Leaving Certificate, 1937
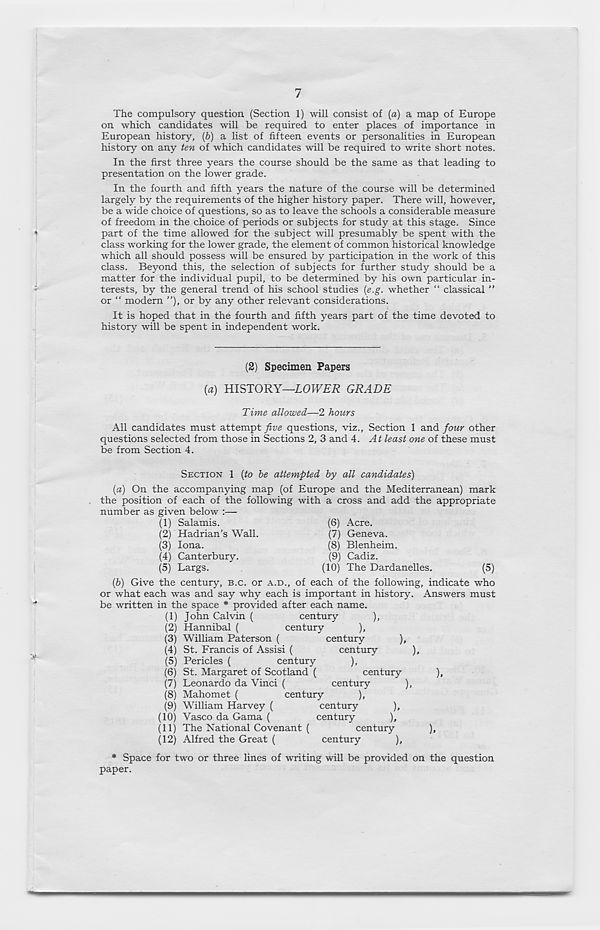
7
The compulsory question (Section 1) will consist of {a) a map of Europe
on which candidates will be required to enter places of importance in
European history, (b) a list of fifteen events or personalities in European
history on any ten of which candidates will be required to write short notes.
In the first three years the course should be the same as that leading to
presentation on the lower grade.
In the fourth and fifth years the nature of the course will be determined
largely by the requirements of the higher history paper. There will, however,
be a wide choice of questions, so as to leave the schools a considerable measure
of freedom in the choice of periods or subjects for study at this stage. Since
part of the time allowed for the subject will presumably be spent with the
class working for the lower grade, the element of common "historical knowledge
which all should possess will be ensured by participation in the work of this
class. Beyond this, the selection of subjects for further study should be a
matter for the individual pupil, to be determined by his own particular in-
terests, by the general trend of his school studies [e.g. whether “ classical ”
or “ modern ”), or by any other relevant considerations.
It is hoped that in the fourth and fifth years part of the time devoted to
history will be spent in independent work.
(2) Specimen Papers
(a) HISTORY—LOWER GRADE
Time allowed—2 hours
All candidates must attempt five questions, viz., Section 1 and four other
questions selected from those in Sections 2, 3 and 4. At least one of these must
be from Section 4.
(1) Salamis.
(2) Hadrian’s Wall.
(3) Iona.
(4) Canterbury.
(5) Largs.
SECTION 1 {to he attempted by all candidates)
(a) On the accompanying map (of Europe and the Mediterranean) mark
the position of each of the following with a cross and add the appropriate
number as given below :—
(6) Acre.
(7) Geneva.
(8) Blenheim.
(9) Cadiz.
(10)
(b) Give the century, B.C. or A.D., of each of the following, indicate who
or what each was and say why each is important in history. Answers must
be written in the space * provided after each name.
(1) John Calvin (
century
),
(2) Hannibal (
century
),
(3) William Paterson (
century
),
(4) St. Francis of Assisi (
century
),
(5) Pericles (
century
),
(6) St. Margaret of Scotland (
century
),
(7) Leonardo da Vinci (
century
),
(8) Mahomet (
century
),
(9) William Harvey (
century
),
(10) Vasco da Gama (
century
),
(11) The National Covenant (
century
),
(12) Alfred the Great (
century
),
* Space for two or three lines of writing will be provided on the question
paper.